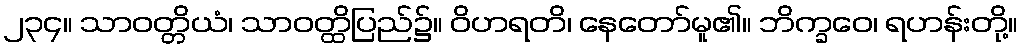
၂၃၄။ သာဝတ္တိယံ၊ သာဝတ္ထိပြည်၌။ ဝိဟရတိ၊ နေတော်မူ၏။ ဘိက္ခဝေ၊ ရဟန်းတို့။